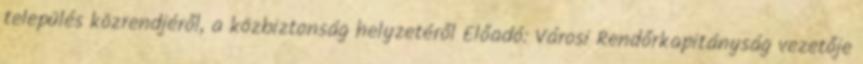
település közrendjéről, a közbiztonság helyzetéről Előadó: Városi Rendőrkapitányság vezetője